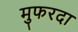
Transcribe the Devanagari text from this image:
मुफरदा